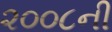
૨૦૦૮ની